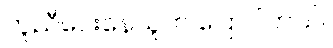
ကူညီပေးနေသူက ပြောပါတယ်။